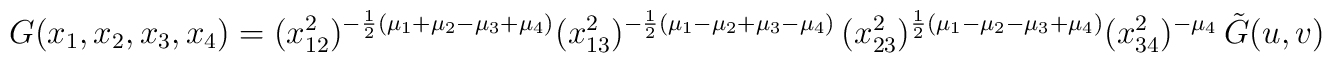
G(x_1,x_2,x_3,x_4)= (x_{12}^2)^{-\frac{1}{2}(\mu_1+\mu_2-\mu_3+\mu_4)} (x_{13}^2)^{-\frac{1}{2}(\mu_1-\mu_2+\mu_3-\mu_4)}\,(x_{23}^2)^{\frac{1}{2}(\mu_1-\mu_2-\mu_3+\mu_4)} (x_{34}^2)^{-\mu_4}\, \tilde{G}(u,v)